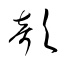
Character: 欹